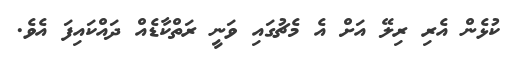
ކުޅެން އެރި ރިލޭ އަށް އެ މެޗުގައި ވަނީ ރަތްކާޑެއް ދައްކައިފަ އެވެ.